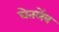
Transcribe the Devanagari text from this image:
घेतलेंव